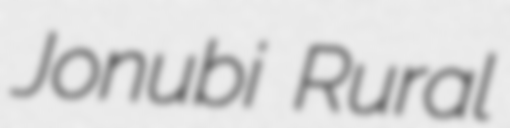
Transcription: Jonubi Rural